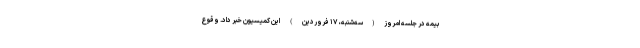
بیمه در جلسه امروز(سه‌شنبه، ۱۷ فروردین) این کمیسیون خبر داد. وقوع